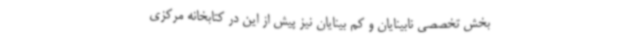
بخش تخصصی نابینایان و کم بینایان نیز پیش از این در کتابخانه مرکزی